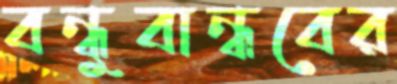
বন্ধুবান্ধবের